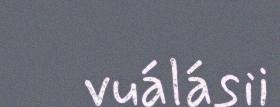
vuálásii